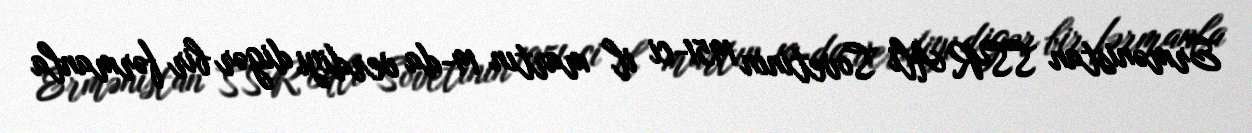
Ermənistan SSR Ali Sovetinin 1951-ci il martın 19-da verdiyi digər bir fərmanla